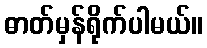
ဓာတ်မှန်ရိုက်ပါမယ်။